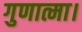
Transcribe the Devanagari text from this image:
गुणात्मा।